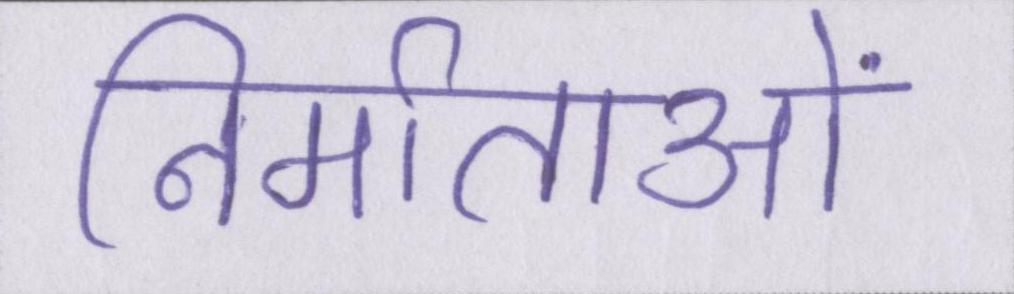
निर्माताओं